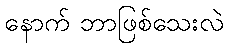
နောက် ဘာဖြစ်သေးလဲ